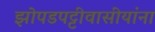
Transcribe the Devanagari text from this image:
झोपडपट्टीवासीयांना